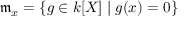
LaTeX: { \mathfrak { m } } _ { x } = \{ g \in k [ X ] \mid g ( x ) = 0 \}